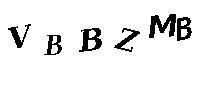
VBBZMB